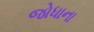
જોધાના